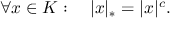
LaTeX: \forall x \in K : \quad | x | _ { * } = | x | ^ { c } .